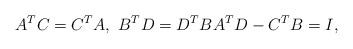
LaTeX: \begin{align*}A^T C = C^T A, \ B^T D = D^T B A^T D - C^T B = I,\end{align*}